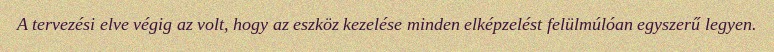
A tervezési elve végig az volt, hogy az eszköz kezelése minden elképzelést felülmúlóan egyszerű legyen.